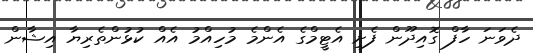
ދެވަނަ ހާފް ގޮއިދޫން ފެށި އެޓީމްގެ އެންމެ މުހިއްމު އެއް ކުޅުންތެރިޔާ އިޝާން